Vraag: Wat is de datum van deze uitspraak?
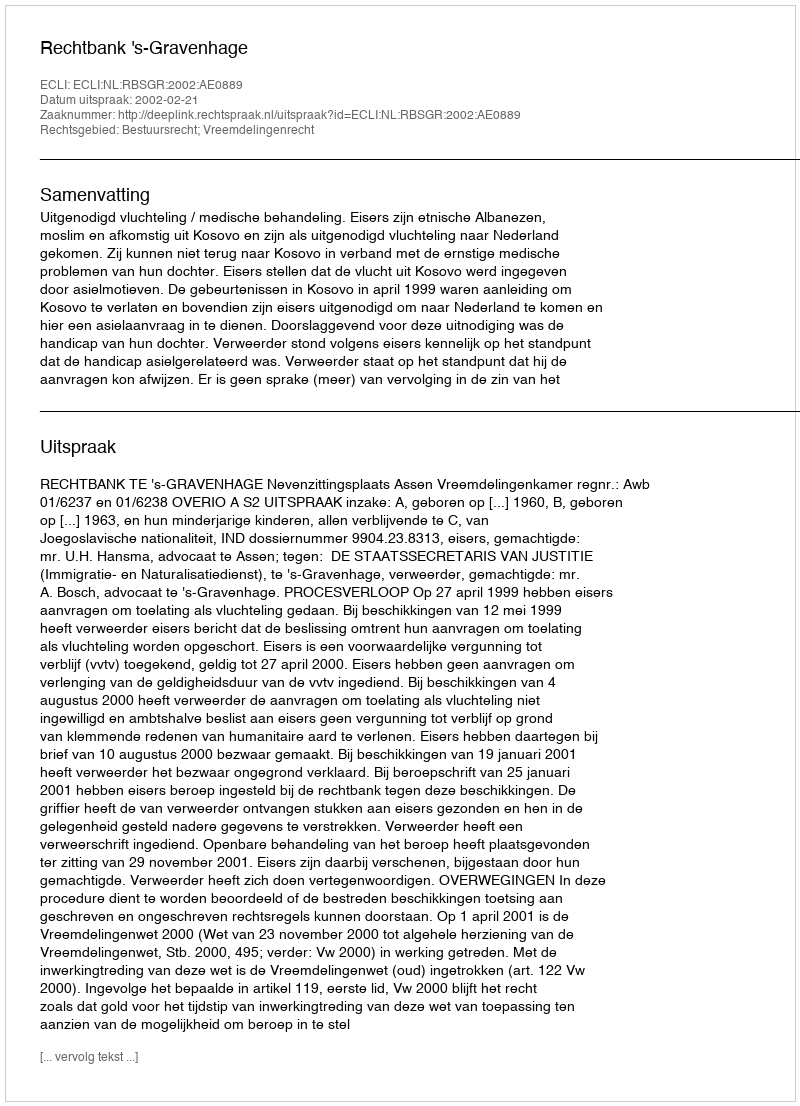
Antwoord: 2002-02-21